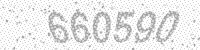
Solution: 660590